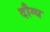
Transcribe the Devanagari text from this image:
दौग्ध